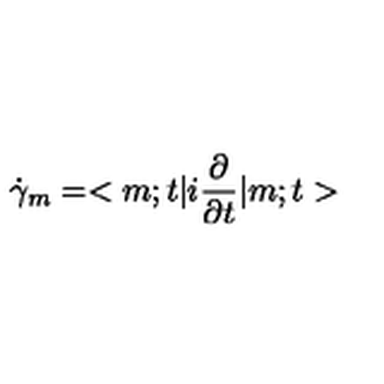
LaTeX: \dot { \gamma } _ { m } = < m ; t | i \frac { \partial } { \partial t } | m ; t >